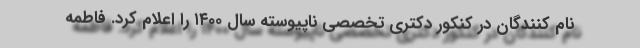
نام کنندگان در کنکور دکتری تخصصی ناپیوسته سال ۱۴۰۰ را اعلام کرد. فاطمه